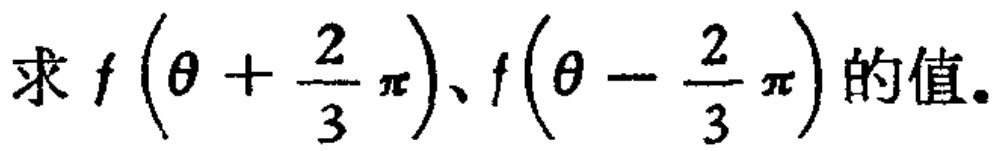
求 \(f\left(\theta + \frac{2}{3}\pi\right)\)、\(f\left(\theta - \frac{2}{3}\pi\right)\) 的值。